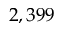
2 , 3 9 9